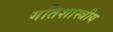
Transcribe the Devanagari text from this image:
गतिशास्त्रीय